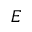
E